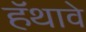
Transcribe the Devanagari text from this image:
हॅथावे